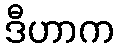
ဒီဟာက